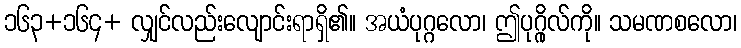
၁၆၃+၁၆၄+ လျှင်လည်းလျောင်းရာရှိ၏။ အယံပုဂ္ဂလော၊ ဤပုဂ္ဂိုလ်ကို။ သမဏစလော၊